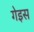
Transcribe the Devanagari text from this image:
गेइस